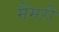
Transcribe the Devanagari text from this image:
मैंमरी